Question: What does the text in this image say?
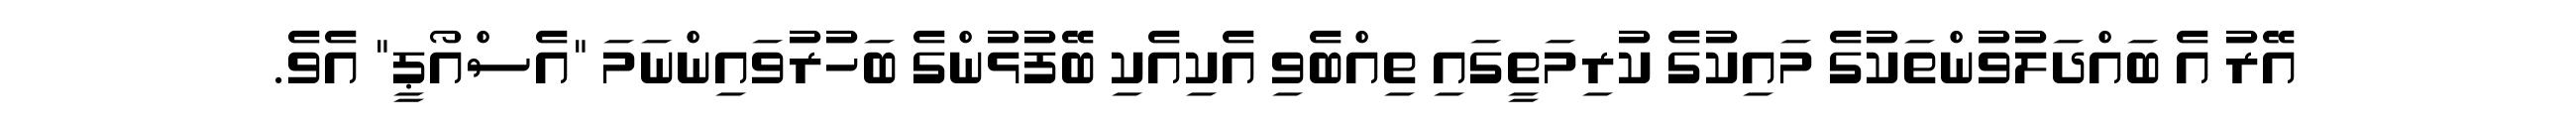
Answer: އޭރު އެ ބައްދަލުވުންތަކުގެ މައިކުގެ ކުރިމަތީގައި ތިއްބެވި އެކިއެކި ބޭފުޅުންގެ ބަހުރުވައިންނަމަ "އެސްއޯޕީ" އެވެ.